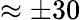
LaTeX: \approx\pm 30